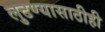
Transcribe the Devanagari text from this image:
लुटण्यासाठीही